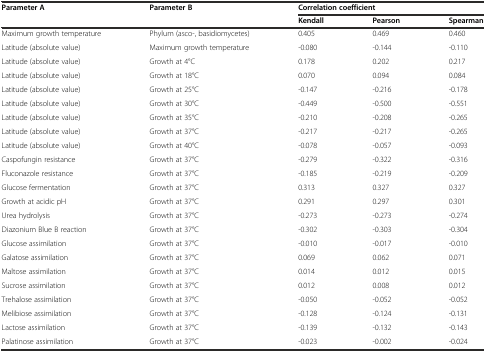
<table><thead><tr><td><b>Parameter A</b></td><td><b>Parameter B</b></td><td colspan="3"><b>Correlation coefficient</b></td></tr><tr><td></td><td></td><td><b>Kendall</b></td><td><b>Pearson</b></td><td><b>Spearman</b></td></tr></thead><tbody><tr><td>Maximum growth temperature</td><td>Phylum (asco-, basidiomycetes)</td><td>0.405</td><td>0.469</td><td>0.460</td></tr><tr><td>Latitude (absolute value)</td><td>Maximum growth temperature</td><td>-0.080</td><td>-0.144</td><td>-0.110</td></tr><tr><td>Latitude (absolute value)</td><td>Growth at 4°C</td><td>0.178</td><td>0.202</td><td>0.217</td></tr><tr><td>Latitude (absolute value)</td><td>Growth at 18°C</td><td>0.070</td><td>0.094</td><td>0.084</td></tr><tr><td>Latitude (absolute value)</td><td>Growth at 25°C</td><td>-0.147</td><td>-0.216</td><td>-0.178</td></tr><tr><td>Latitude (absolute value)</td><td>Growth at 30°C</td><td>-0.449</td><td>-0.500</td><td>-0.551</td></tr><tr><td>Latitude (absolute value)</td><td>Growth at 35°C</td><td>-0.210</td><td>-0.208</td><td>-0.265</td></tr><tr><td>Latitude (absolute value)</td><td>Growth at 37°C</td><td>-0.217</td><td>-0.217</td><td>-0.265</td></tr><tr><td>Latitude (absolute value)</td><td>Growth at 40°C</td><td>-0.078</td><td>-0.057</td><td>-0.093</td></tr><tr><td>Caspofungin resistance</td><td>Growth at 37°C</td><td>-0.279</td><td>-0.322</td><td>-0.316</td></tr><tr><td>Fluconazole resistance</td><td>Growth at 37°C</td><td>-0.185</td><td>-0.219</td><td>-0.209</td></tr><tr><td>Glucose fermentation</td><td>Growth at 37°C</td><td>0.313</td><td>0.327</td><td>0.327</td></tr><tr><td>Growth at acidic pH</td><td>Growth at 37°C</td><td>0.291</td><td>0.297</td><td>0.301</td></tr><tr><td>Urea hydrolysis</td><td>Growth at 37°C</td><td>-0.273</td><td>-0.273</td><td>-0.274</td></tr><tr><td>Diazonium Blue B reaction</td><td>Growth at 37°C</td><td>-0.302</td><td>-0.303</td><td>-0.304</td></tr><tr><td>Glucose assimilation</td><td>Growth at 37°C</td><td>-0.010</td><td>-0.017</td><td>-0.010</td></tr><tr><td>Galatose assimilation</td><td>Growth at 37°C</td><td>0.069</td><td>0.062</td><td>0.071</td></tr><tr><td>Maltose assimilation</td><td>Growth at 37°C</td><td>0.014</td><td>0.012</td><td>0.015</td></tr><tr><td>Sucrose assimilation</td><td>Growth at 37°C</td><td>0.012</td><td>0.008</td><td>0.012</td></tr><tr><td>Trehalose assimilation</td><td>Growth at 37°C</td><td>-0.050</td><td>-0.052</td><td>-0.052</td></tr><tr><td>Melibiose assimilation</td><td>Growth at 37°C</td><td>-0.128</td><td>-0.124</td><td>-0.131</td></tr><tr><td>Lactose assimilation</td><td>Growth at 37°C</td><td>-0.139</td><td>-0.132</td><td>-0.143</td></tr><tr><td>Palatinose assimilation</td><td>Growth at 37°C</td><td>-0.023</td><td>-0.002</td><td>-0.024</td></tr></tbody></table>